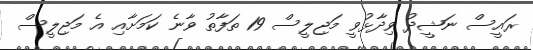
ރައީސް ނަޝީދު ވިދާޅުވީ މަޖިލީސް 19 ތަފާތު ވާނެ ކަމަށާއި އެ މަޖިލީސް